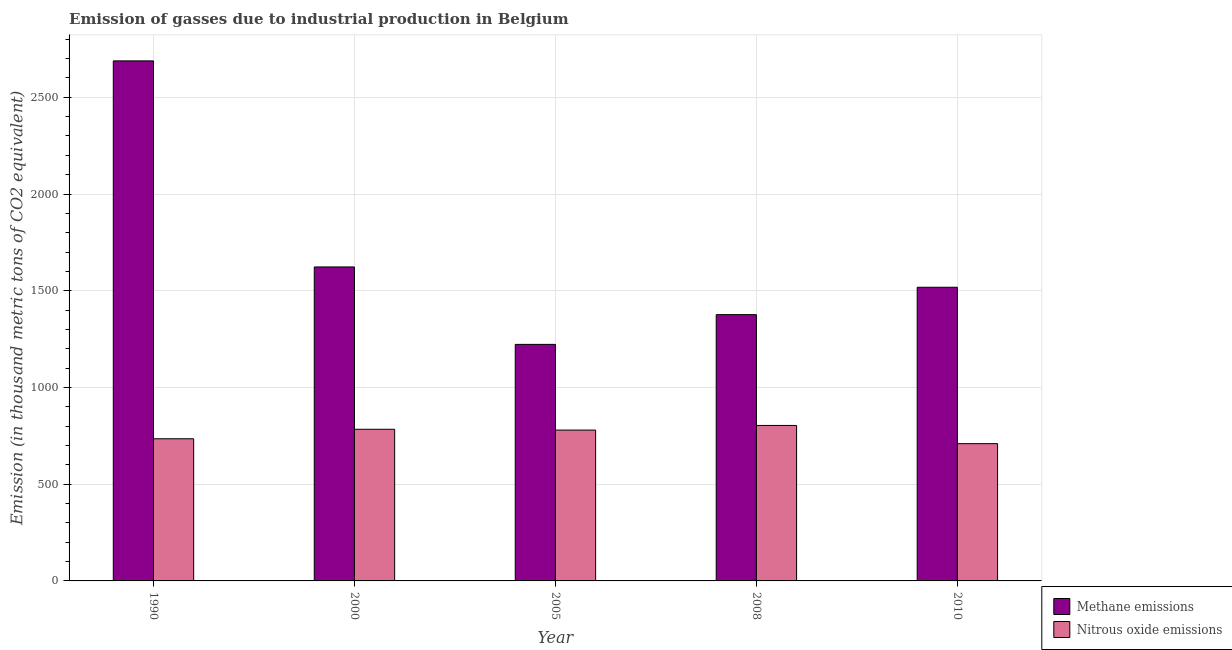
| Year | Methane emissions | Nitrous oxide emissions |
 | --- | --- | --- |
 | 1990 | 2.69e+03 | 735 |
 | 2000 | 1.62e+03 | 784 |
 | 2005 | 1.22e+03 | 780 |
 | 2008 | 1.38e+03 | 804 |
 | 2010 | 1.52e+03 | 710 |